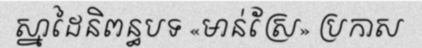
ស្នាដៃនិពន្ធបទ «មាន់ស្រែ» ប្រកាស